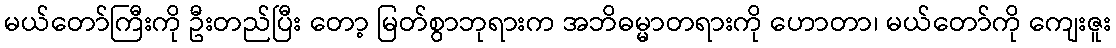
မယ်တော်ကြီးကို ဦးတည်ပြီး တော့ မြတ်စွာဘုရားက အဘိဓမ္မာတရားကို ဟောတာ၊ မယ်တော်ကို ကျေးဇူး